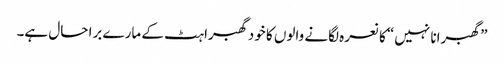
”گھبرانا نہیں“ کا نعرہ لگانے والوں کا خود گھبراہٹ کے مارے برا حال ہے۔